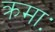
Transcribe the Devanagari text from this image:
क्रमाः